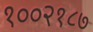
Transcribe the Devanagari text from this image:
१००२१८७